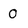
Character: 0